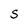
Character: S